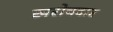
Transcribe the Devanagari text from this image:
खरोचदार